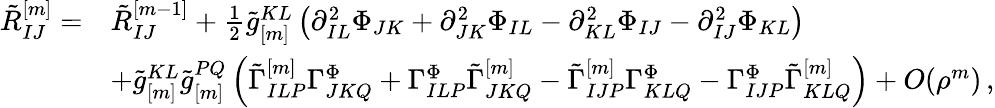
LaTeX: \begin{array}{rl}{\tilde{R}_{IJ}^{[m]}=}&{\tilde{R}_{IJ}^{[m-1]}+\frac{1}{2}\tilde{g}_{[m]}^{KL}\left(\partial_{IL}^{2}\Phi_{JK}+\partial_{JK}^{2}\Phi_{IL}-\partial_{KL}^{2}\Phi_{IJ}-\partial_{IJ}^{2}\Phi_{KL}\right)}\\ &{+\tilde{g}_{[m]}^{KL}\tilde{g}_{[m]}^{PQ}\left(\tilde{\Gamma}_{ILP}^{[m]}\Gamma_{JKQ}^{\Phi}+\Gamma_{ILP}^{\Phi}\tilde{\Gamma}_{JKQ}^{[m]}-\tilde{\Gamma}_{IJP}^{[m]}\Gamma_{KLQ}^{\Phi}-\Gamma_{IJP}^{\Phi}\tilde{\Gamma}_{KLQ}^{[m]}\right)+O(\rho^{m})\, ,}\end{array}